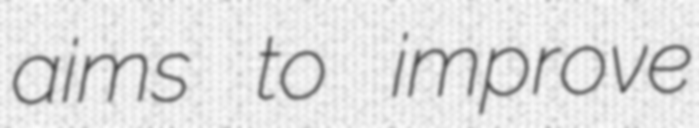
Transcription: aims to improve